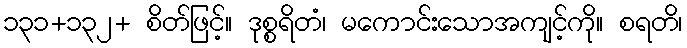
၁၃၁+၁၃၂+ စိတ်ဖြင့်။ ဒုစ္စရိတံ၊ မကောင်းသောအကျင့်ကို။ စရတိ၊